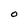
Character: 0